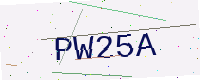
Text: PW25A